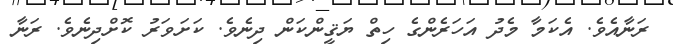
ރަނާއެވެ. އެކަމާ މެދު އަހަރެންގެ ހިތް ޔަޤީންކަން ދިނެވެ. ކަށަވަރު ކޮށްދިނެވެ. ރަނާ